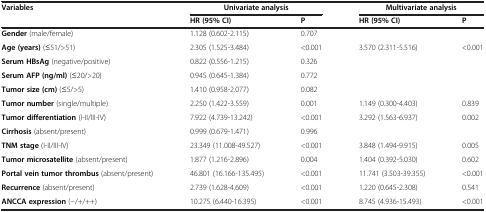
| <ROWSPAN=2> Variables | <COLSPAN=2> Univariate analysis | <COLSPAN=2> Multivariate analysis |
 | HR (95% CI) | P | HR (95% CI) | P |
 | --- | --- | --- | --- | --- |
 | Gender (male/female) | 1.128 (0.602-2.115) | 0.707 |  |  |
 | Age (years) (≤51/>51) | 2.305 (1.525-3.484) | <0.001 | 3.570 (2.311-5.516) | <0.001 |
 | Serum HBsAg (negative/positive) | 0.822 (0.556-1.215) | 0.326 |  |  |
 | Serum AFP (ng/ml) (≤20/>20) | 0.945 (0.645-1.384) | 0.772 |  |  |
 | Tumor size (cm) (≤5/>5) | 1.410 (0.958-2.077) | 0.082 |  |  |
 | Tumor number (single/multiple) | 2.250 (1.422-3.559) | 0.001 | 1.149 (0.300-4.403) | 0.839 |
 | Tumor differentiation (I-II/III-IV) | 7.922 (4.739-13.242) | <0.001 | 3.292 (1.563-6.937) | 0.002 |
 | Cirrhosis (absent/present) | 0.999 (0.679-1.471) | 0.996 |  |  |
 | TNM stage (I-II/III-IV) | 23.349 (11.008-49.527) | <0.001 | 3.848 (1.494-9.915) | 0.005 |
 | Tumor microsatellite (absent/present) | 1.877 (1.216-2.896) | 0.004 | 1.404 (0.392-5.030) | 0.602 |
 | Portal vein tumor thrombus (absent/present) | 46.801 (16.166-135.495) | <0.001 | 11.741 (3.503-39.355) | <0.001 |
 | Recurrence (absent/present) | 2.739 (1.628-4.609) | <0.001 | 1.220 (0.645-2.308) | 0.541 |
 | ANCCA expression (−/+/++) | 10.275 (6.440-16.395) | <0.001 | 8.745 (4.936-15.493) | <0.001 |